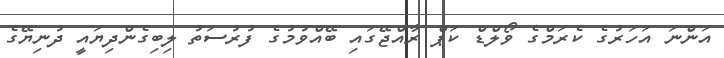
އަންނަ އަހަރުގެ ކެރަމްގެ ވޯލްޑް ކަޕް ރާއްޖޭގައި ބޭއްވުމުގެ ފުރުސަތު ލިބިގެންދިޔައީ ދުނިޔޭގެ